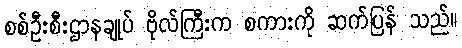
စစ်ဦးစီးဌာနချုပ် ဗိုလ်ကြီးက စကားကို ဆက်ပြန် သည်။